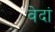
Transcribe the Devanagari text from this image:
वेदां